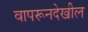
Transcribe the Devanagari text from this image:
वापरूनदेखील